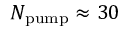
N _ { \mathrm { p u m p } } \approx 3 0